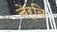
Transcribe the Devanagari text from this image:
चेर्बि